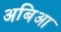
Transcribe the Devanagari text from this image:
अबिआ